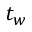
t _ { w }